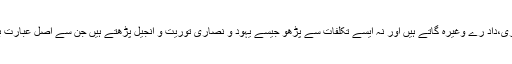
۲؎ یعنی نہ تو قر آن گیت کے نغموں سے گاؤں جیسے عشاق گویے ٹھمری،داد رے وغیرہ گاتے ہیں اور نہ ایسے تکلفات سے پڑھو جیسے یہود و نصاری توریت و انجیل پڑھتے ہیں جن سے اصل عبارت بگڑ جاتی ہے جہاں مدنہ ہو وہاں پیدا ہوجاتاہے جہاں شد ہو وہاں نہیں رہتا۔